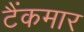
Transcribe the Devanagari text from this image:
टैंकमार